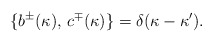
\begin{align*}\{b^{\pm}(\kappa),\,c^{\mp}(\kappa)\}=\delta(\kappa-\kappa').\end{align*}